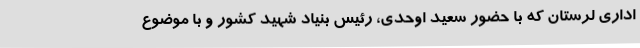
اداری لرستان که با حضور سعید اوحدی، رئیس بنیاد شهید کشور و با موضوع